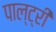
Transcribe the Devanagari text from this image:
पाल्ट्री